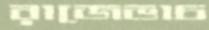
রাজেভাচ